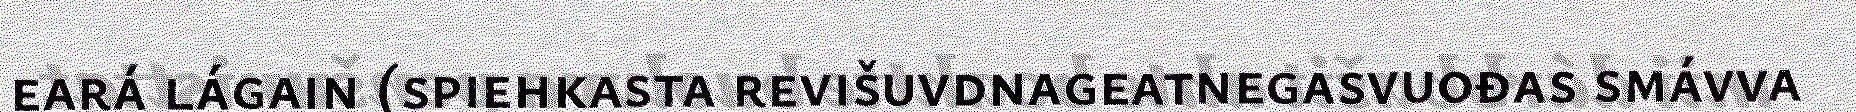
eará lágain (spiehkasta revišuvdnageatnegasvuođas smávva